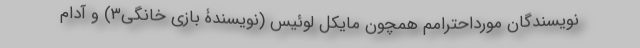
نویسندگان مورداحترامم همچون مایکل لوئیس (نویسندۀ بازی خانگی۳) و آدام